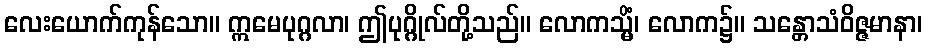
လေးယောက်ကုန်သော။ ဣမေပုဂ္ဂလာ၊ ဤပုဂ္ဂိုလ်တို့သည်။ လောကသ္မိံ၊ လောက၌။ သန္တောသံဝိဇ္ဇမာနာ၊